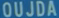
OUJDA